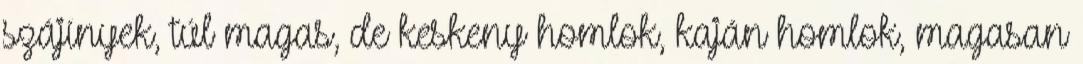
szájínyek, túl magas, de keskeny homlok, kaján homlok, magasan